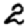
Digit: 2